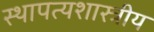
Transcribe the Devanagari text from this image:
स्थापत्यशास्त्रीय